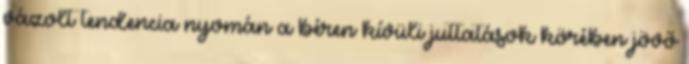
vázolt tendencia nyomán a béren kívüli juttatások körében jövő